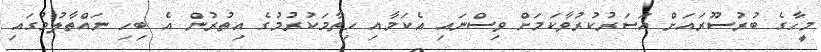
މީހާގެ ބުރުސޫރައަށް އަސަރުކުރުވާކަމަށް ވިސްނައި އެކަމާއި ހިތާމަކުރުމުގެ އިތުރުން އެ ބިހި ނައްތާލުމުގައި